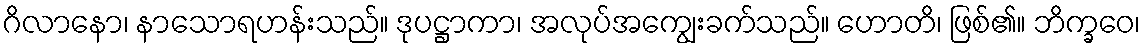
ဂိလာနော၊ နာသောရဟန်းသည်။ ဒုပဋ္ဌာကာ၊ အလုပ်အကျွေးခက်သည်။ ဟောတိ၊ ဖြစ်၏။ ဘိက္ခဝေ၊